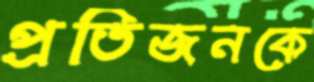
প্রতিজনকে